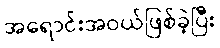
အရောင်းအဝယ်ဖြစ်ခဲ့ပြီး